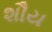
શૌય